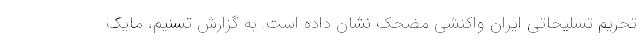
تحریم تسلیحاتی ایران واکنشی مضحک نشان داده است. به گزارش تسنیم، مایک